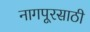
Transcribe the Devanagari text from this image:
नागपूरसाठी